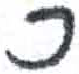
אות: כ